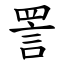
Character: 詈